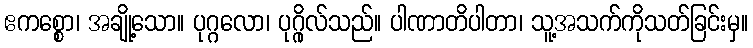
ဧကစ္စော၊ အချို့သော။ ပုဂ္ဂလော၊ ပုဂ္ဂိုလ်သည်။ ပါဏာတိပါတာ၊ သူ့အသက်ကိုသတ်ခြင်းမှ။